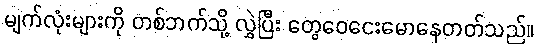
မျက်လုံးများကို တစ်ဘက်သို့ လွှဲပြီး တွေဝေငေးမောနေတတ်သည်။